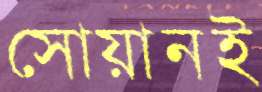
সোয়ানই